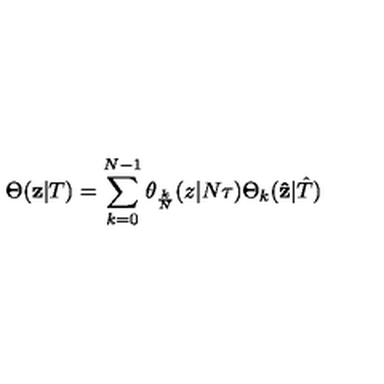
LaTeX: \Theta ( { \bf z } | T ) = \sum _ { k = 0 } \sp { N - 1 } \theta _ { \frac { k } { N } } ( z | N \tau ) \Theta _ { k } ( { \bf \hat { z } } | { \hat { T } } )